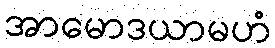
အာမောဒယာမဟံ